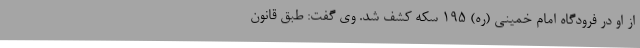
از او در فرودگاه امام خمینی (ره) 195 سکه کشف شد. وی گفت: طبق قانون